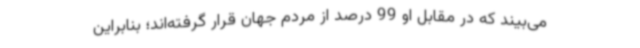
می‌بیند که در مقابل او 99 درصد از مردم جهان قرار گرفته‌اند؛ بنابراین